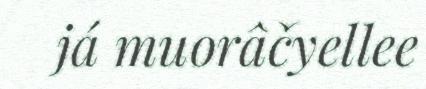
já muorâčyellee